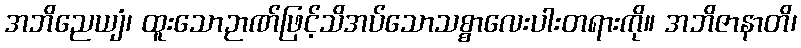
အဘိညေယျံ၊ ထူးသောဉာဏ်ဖြင့်သိအပ်သောသစ္စာလေးပါးတရားကို။ အဘိဇာနာတိ၊